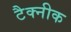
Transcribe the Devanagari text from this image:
टैक्नीक